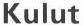
Kulut